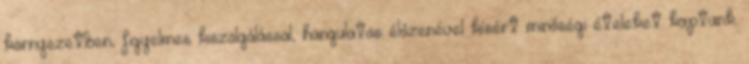
környezetben, figyelmes kiszolgálással, hangulatos élőzenével kísért minőségi ételeket kaptunk.